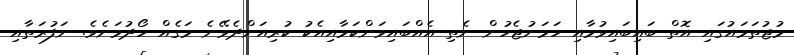
މުޖުތަމައުގައި އޮތް ބައިބައިވުމާއި ހަމަނުޖެހުން ނެތި އެއްބައިވަންކަމާއިއެކު ކުރިއަށްދެވޭނެ މަގެއް ހޯދުމަށެވެ. ނަފުރަތާއި